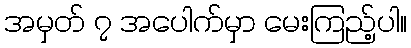
အမှတ် ၇ အပေါက်မှာ မေးကြည့်ပါ။